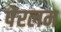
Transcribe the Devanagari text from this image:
पेरलम